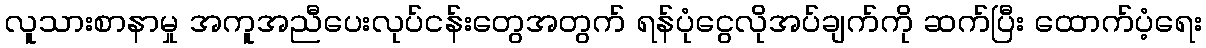
လူသားစာနာမှု အကူအညီပေးလုပ်ငန်းတွေအတွက် ရန်ပုံငွေလိုအပ်ချက်ကို ဆက်ပြီး ထောက်ပံ့ရေး